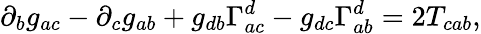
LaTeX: \partial_{b}g_{ac}-\partial_{c}g_{ab}+g_{db}\Gamma_{ac}^{d}-g_{dc}\Gamma_{ab}^{d}=2T_{cab},